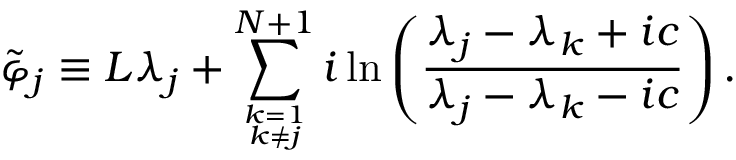
\tilde { \varphi } _ { j } \equiv L \lambda _ { j } + \sum _ { k = 1 \atop { k \ne j } } ^ { N + 1 } i \ln \left( \frac { \lambda _ { j } - \lambda _ { k } + i c } { \lambda _ { j } - \lambda _ { k } - i c } \right) .